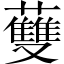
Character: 𧄐